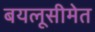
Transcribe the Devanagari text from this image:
बयलूसीमेत